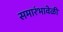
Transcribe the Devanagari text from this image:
समारंभावेळी